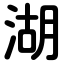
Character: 湖